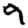
Digit: 9